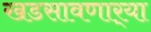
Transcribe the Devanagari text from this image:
खडसावणार्‍या